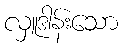
လှူဒါန်းသော